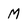
Character: M